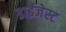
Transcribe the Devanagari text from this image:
डाईजेस्ट